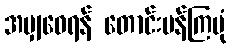
အမျှဝေရန် တောင်းပန်ကြပုံ